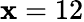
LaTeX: \mathbf{x}=12